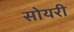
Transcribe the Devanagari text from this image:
सोयरी